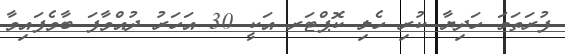
ފުރަތަމަ ހަދިޔާ ކުރި ހެލި ކޮޕްޓަރ އަކީ 30 އަހަރު ދުއްވާފަ ބާވެފައިވާ